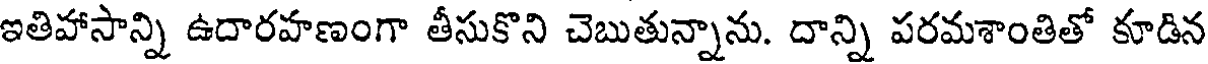
ఇతిహాసాన్ని ఉదారహణంగా తీసుకొని చెబుతున్నాను. దాన్ని పరమశాంతితో కూడిన